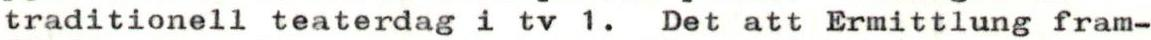
traditionell teaterdag i tv 1. Det att Ermittlung fram-